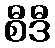
စီဒီ